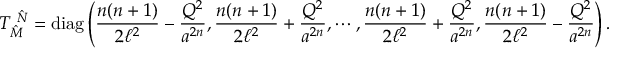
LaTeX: T _ { \hat { M } } ^ { ~ \hat { N } } = \mathrm { d i a g } \left( \frac { n ( n + 1 ) } { 2 \ell ^ { 2 } } - \frac { { \cal Q } ^ { 2 } } { a ^ { 2 n } } , \frac { n ( n + 1 ) } { 2 \ell ^ { 2 } } + \frac { { \cal Q } ^ { 2 } } { a ^ { 2 n } } , \cdots , \frac { n ( n + 1 ) } { 2 \ell ^ { 2 } } + \frac { { \cal Q } ^ { 2 } } { a ^ { 2 n } } , \frac { n ( n + 1 ) } { 2 \ell ^ { 2 } } - \frac { { \cal Q } ^ { 2 } } { a ^ { 2 n } } \right) .